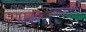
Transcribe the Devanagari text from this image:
त्र्यंबकेश्‍वरज्योर्तिलिंग